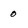
Character: 0